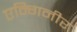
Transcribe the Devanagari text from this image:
एन्गिनीर